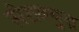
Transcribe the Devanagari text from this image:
सेराक्युज़